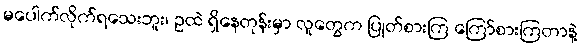
မပေါက်လိုက်ရသေးဘူး၊ ဥထဲ ရှိနေတုန်းမှာ လူတွေက ပြုတ်စားကြ ကြော်စားကြတာနဲ့